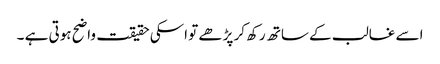
اسے غالب کے ساتھ رکھ کر پڑھے تو اسکی حقیقت واضح ہوتی ہے ۔